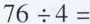
$$7 6 \div 4 =$$